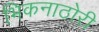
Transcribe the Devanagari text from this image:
भिकनाठोरी